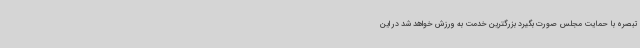
تبصره با حمایت مجلس صورت بگیرد بزرگترین خدمت به ورزش خواهد شد در این